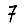
Digit: 7